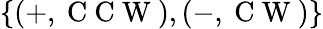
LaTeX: \{ (+,\mathrm{~C~C~W~}),(-,\mathrm{~C~W~})\}